Report of an investigation into the causes of the diseases known in Assam as Kála-Azár and Beri-Beri
Disease focus: Beri-Beri
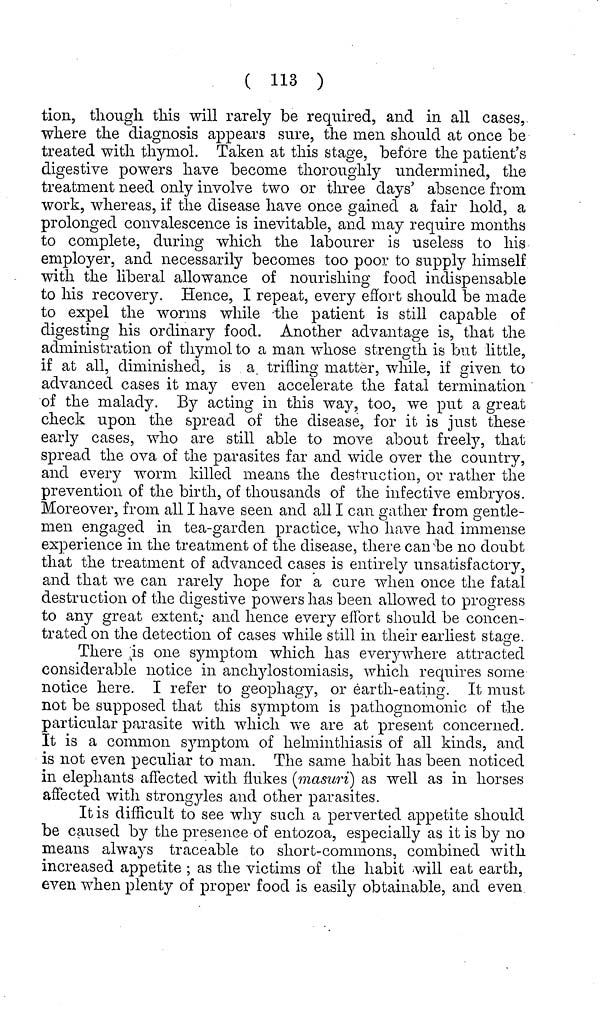
( 113 )
tion, though, this will rarely be required, and in all cases,
where the diagnosis appears sure, the men should at once be
treated with thymol. Taken at this stage, before the patient's
digestive powers have become thoroughly undermined, the
treatment need only involve two or three days' absence from
work, whereas, if the disease have once gained a fair hold, a
prolonged convalescence is inevitable, and may require months
to complete, during which the labourer is useless to his
employer, and necessarily becomes too poor to supply himself
with the liberal allowance of nourishing food indispensable
to his recovery. Hence, I repeat, every effort should be made
to expel the worms while -the patient is still capable of
digesting his ordinary food. Another advantage is, that the
administration of thymol to a man whose strength is but little,
if at all, diminished, is a. trifling matter, while, if given to
advanced cases it may even accelerate the fatal termination
of the malady. By acting in this way, too, we put a great
check upon the spread of the disease, for it is just these
early cases, who are still able to move about freely, that
spread the ova of the parasites far and wide over the country,
and every worm killed means the destruction, or rather the
prevention of the birth, of thousands of the infective embryos.
Moreover, from all I have seen and all I can gather from gentle-
men engaged in tea-garden practice, who have had immense
experience in the treatment of the disease, there can'be no doubt
that the treatment of advanced cases is entirely unsatisfactory,
and that we can rarely hope for a cure when once the fatal
destruction of the digestive powers has been allowed to progress
to any great extent,* and hence every effort should be concen-
trated on the detection of cases while still in their earliest stage.
There is one symptom which has everjnvhere attracted
considerable notice in anchylostomiasis, which requires some
notice here. I refer to geophagy, or earth-eating. It must
not be supposed that this symptom is pathognomoiiic of the
particular parasite with which we are at present concerned.
It is a common symptom of helminthiasis of all kinds, and
is not even peculiar to man. The same habit has been noticed
in elephants affected with flukes (masuri) as well as in horses
affected with strongyles and other parasites.
It is difticult to see why such a perverted appetite should
be caused by the presence of entozoa, especially as it is by 110
means always traceable to short-commons, combined with
increased appetite ; as the victims of the habit will eat earth,
even when plenty of proper food is easily obtainable, and even